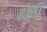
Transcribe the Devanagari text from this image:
होर्दी